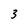
Character: 3